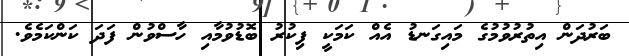
ބަރުދަން އިތުރުވުމުގެ މައިގަނޑު އެއް ކަމަކީ ފިކުރު ބޮޑުވުމާއި ހާސްވުން ފަދަ ކަންކަމެވެ.